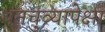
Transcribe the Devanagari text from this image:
धनचुव्यापेक्षा